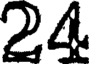
24